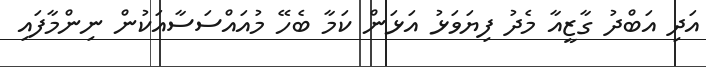
އަދި އަބްދު ގާޒީއާ މެދު ފިޔަވަޅު އަޅަން ކަމާ ބެހޭ މުއައްސަސާއަކުން ނިންމާފައި